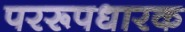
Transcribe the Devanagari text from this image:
पररूपधारक